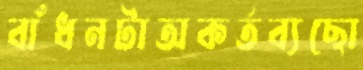
বাঁধনটাঅকর্তব্যছো